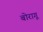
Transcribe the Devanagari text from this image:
बोरागू